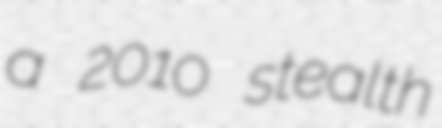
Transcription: a 2010 stealth